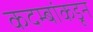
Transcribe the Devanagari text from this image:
कदम्बांकडून